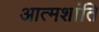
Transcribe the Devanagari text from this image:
आत्मशांति